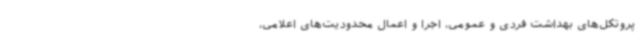
پروتکل‌های بهداشت فردی و عمومی، اجرا و اعمال محدودیت‌های اعلامی،